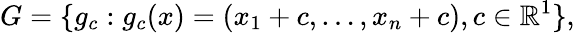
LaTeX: G=\{ g_{c}:g_{c}(x)=(x_{1}+c,\dots,x_{n}+c),c\in\mathbb{R}^{1}\} ,